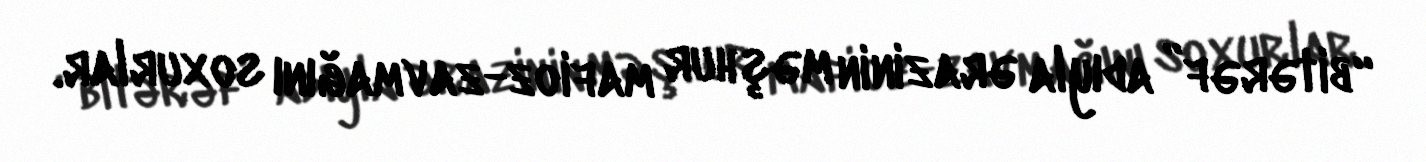
“bitərəf” adıyla ərazinin məşhur mafioz-zavmağını soxurlar.